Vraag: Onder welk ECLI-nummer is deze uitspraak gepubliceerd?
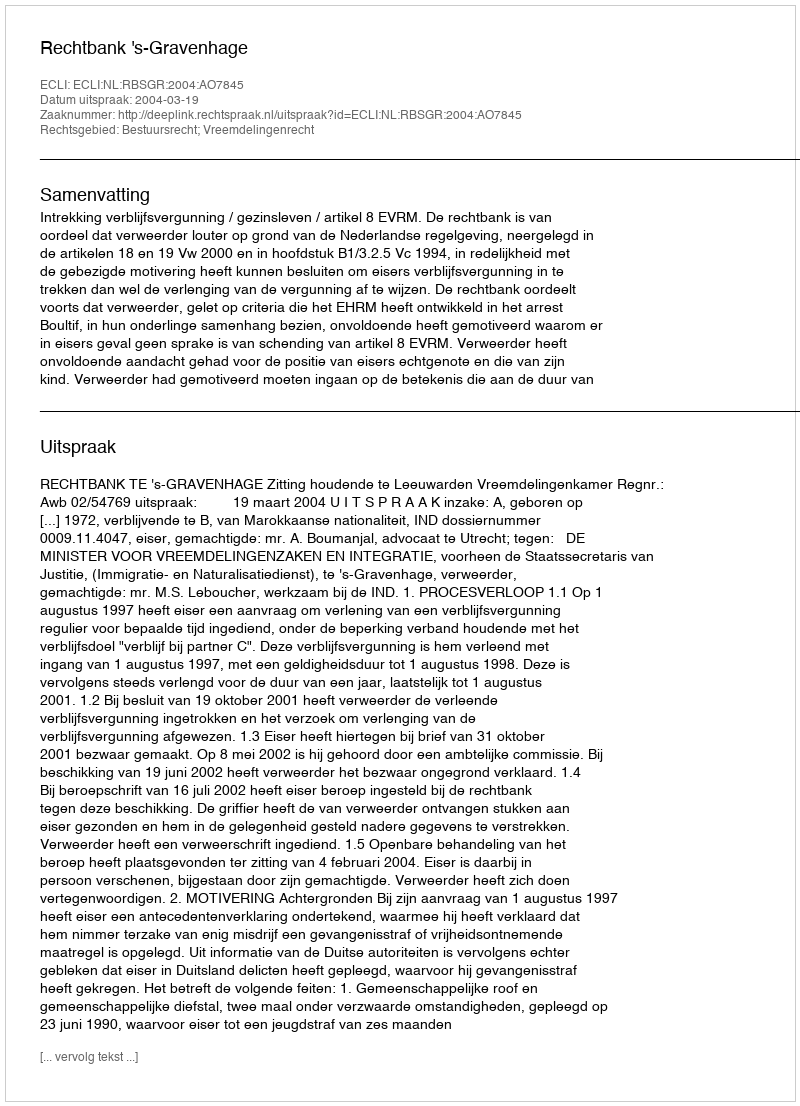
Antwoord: ECLI:NL:RBSGR:2004:AO7845